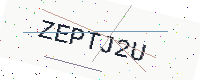
Text: ZEPTJ2U